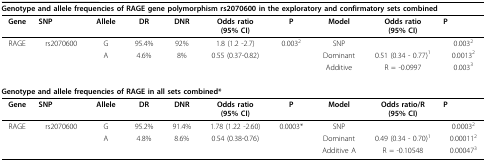
<table><thead><tr><td colspan="10"><b>Genotype and allele frequencies of RAGE gene polymorphism rs2070600 in the exploratory and confirmatory sets combined:</b></td></tr></thead><tbody><tr><td><b>Gene</b></td><td><b>SNP</b></td><td><b>Allele</b></td><td><b>DR</b></td><td><b>DNR</b></td><td><b>Odds ratio</b><b>(95% CI)</b></td><td><b>P</b></td><td><b>Model</b></td><td><b>Odds ratio</b><b>(95% CI)</b></td><td><b>P</b></td></tr><tr><td>RAGE</td><td>rs2070600</td><td>G</td><td>95.4%</td><td>92%</td><td>1.8 (1.2 -2.7)</td><td>0.003<sup>2</sup></td><td>SNP</td><td></td><td>0.003<sup>2</sup></td></tr><tr><td></td><td></td><td>A</td><td>4.6%</td><td>8%</td><td>0.55 (0.37-0.82)</td><td></td><td>Dominant</td><td>0.51 (0.34 - 0.77)<sup>1</sup></td><td>0.0013<sup>2</sup></td></tr><tr><td></td><td></td><td></td><td></td><td></td><td></td><td></td><td>Additive</td><td>R = -0.0997</td><td>0.003<sup>3</sup></td></tr><tr><td colspan="6"><b>Genotype and allele frequencies of RAGE in all sets combined*:</b></td><td></td><td></td><td></td><td></td></tr><tr><td><b>Gene</b></td><td><b>SNP</b></td><td><b>Allele</b></td><td><b>DR</b></td><td><b>DNR</b></td><td><b>Odds ratio</b><b>(95% CI)</b></td><td><b>P</b></td><td><b>Model</b></td><td><b>Odds ratio/R</b><b>(95% CI)</b></td><td><b>P</b></td></tr><tr><td>RAGE</td><td>rs2070600</td><td>G</td><td>95.2%</td><td>91.4%</td><td>1.78 (1.22 -2.60)</td><td>0.0003*</td><td>SNP</td><td></td><td>0.0003<sup>2</sup></td></tr><tr><td></td><td></td><td>A</td><td>4.8%</td><td>8.6%</td><td>0.54 (0.38-0.76)</td><td></td><td>Dominant</td><td>0.49 (0.34 - 0.70)<sup>1</sup></td><td>0.00011<sup>2</sup></td></tr><tr><td></td><td></td><td></td><td></td><td></td><td></td><td></td><td>Additive A</td><td>R = -0.10548</td><td>0.00047<sup>3</sup></td></tr></tbody></table>